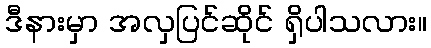
ဒီနားမှာ အလှပြင်ဆိုင် ရှိပါသလား။